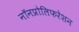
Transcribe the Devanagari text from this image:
नॉनप्रोलिफरेशन